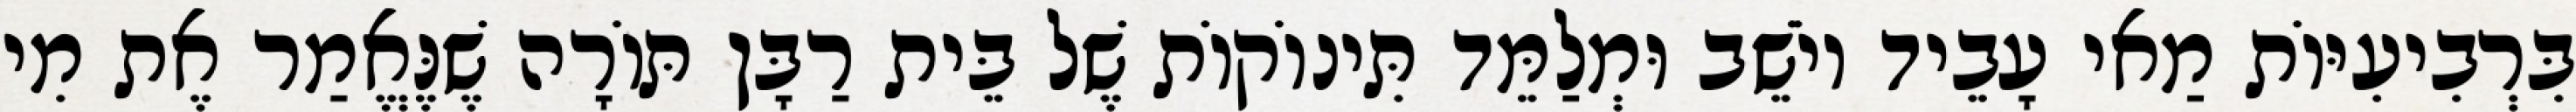
בִּרְבִיעִיּוֹת מַאי עָבֵיד יוֹשֵׁב וּמְלַמֵּד תִּינוֹקוֹת שֶׁל בֵּית רַבָּן תּוֹרָה שֶׁנֶּאֱמַר אֶת מִי